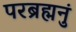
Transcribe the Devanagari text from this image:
परब्रह्मनुं